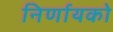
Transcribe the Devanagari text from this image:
निर्णायको